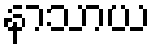
နာသာယ